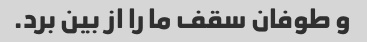
و طوفان سقف ما را از بین برد.